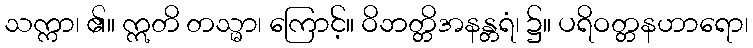
သက္ကာ၊ ၏။ ဣတိ တသ္မာ၊ ကြောင့်။ ဝိဘတ္တိအနန္တရံ၊ ၌။ ပရိဝတ္တနဟာရော၊